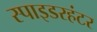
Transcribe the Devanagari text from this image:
स्पाइडरहंटर